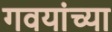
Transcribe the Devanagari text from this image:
गवयांच्या